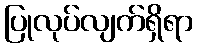
ပြုလုပ်လျက်ရှိရာ